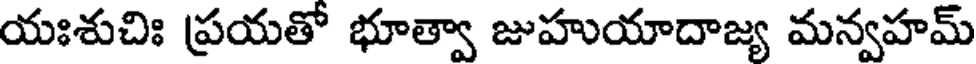
యఃశుచిః ప్రయతో భూత్వా జుహుయాదాజ్య మన్వహమ్